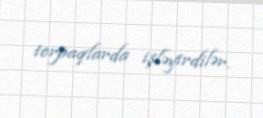
torpaqlarda işləyirdilər.